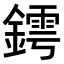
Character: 𨬆